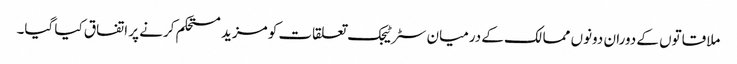
ملاقاتوں کے دوران دونوں ممالک کے درمیان سٹرٹیجک تعلقات کو مزید مستحکم کرنے پر اتفاق کیا گیا۔